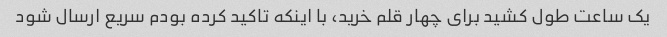
یک ساعت طول کشید برای چهار قلم خرید، با اینکه تاکید کرده بودم سریع ارسال شود